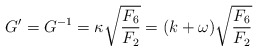
\begin{align*}G^\prime = G^{-1} = \kappa \sqrt{{F_6 \over F_2} } = (k + \omega) \sqrt{{F_6 \over F_2} }\end{align*}